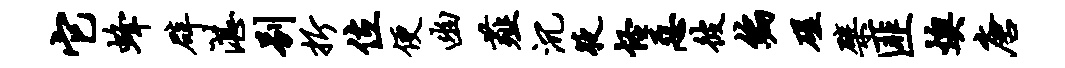
它蜂辟湛别折位便幽薤沉夜怪恶彼编磋檗匪燠唐